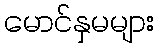
မောင်နှမများ